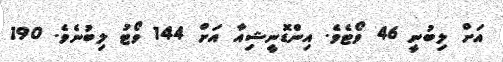
އަށް ލިބުނީ 46 ވޯޓެވެ. އިންޑޮނީޝިއާ އަށް 144 ވޯޓު ލިބުނެވެ. 190